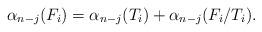
LaTeX: \begin{align*} \alpha_{n-j}(F_i) = \alpha_{n-j}(T_i) + \alpha_{n-j}(F_i/T_i).\end{align*}